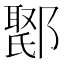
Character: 𮠇